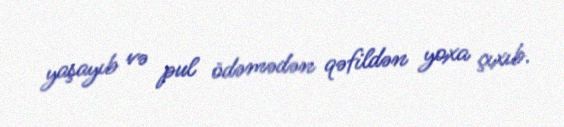
yaşayıb və pul ödəmədən qəfildən yoxa çıxıb.